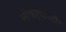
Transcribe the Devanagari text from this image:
नोकऱ्यांवरील